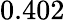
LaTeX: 0.402